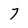
Character: 7